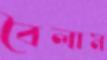
বৈলাম